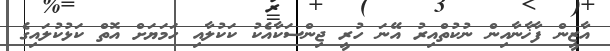
އާޒީން ފާޚާނާއިން ނުކުތްއިރު އޭނަ ހުރީ ޖިންސަކާއެކު ކަކުލާއި ހަމަޔަށް އޮތް ކަޅުކުލައިގެ